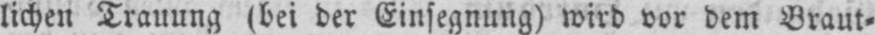
lichen Trauung (bei der Einsegnung) wird vor dem Braut⸗